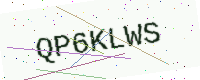
Text: QP6KLWS